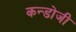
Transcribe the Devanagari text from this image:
कन्डोजी